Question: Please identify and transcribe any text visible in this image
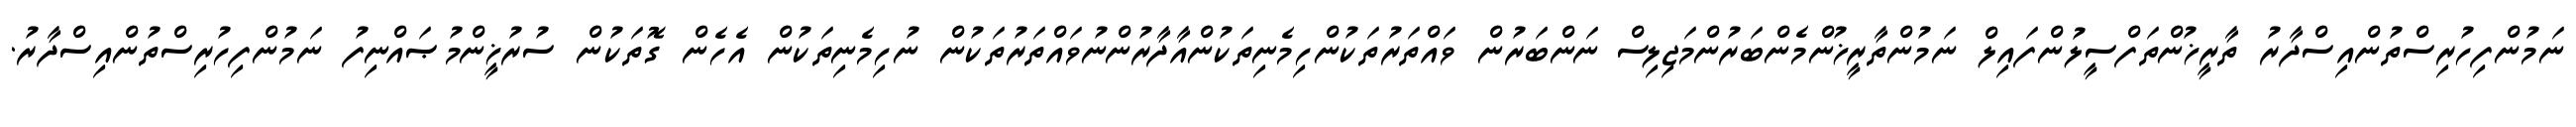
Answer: ނަމުންފިހުރިސްތުންއިސްދާރު ތާރީޚުންތަފްސީލުންފައިލް ނަމުންތާރީޚުންމެންބަރުންމަޖިލިސް ނަންބަރުން ވައްތަރުތަކުންހިމެނިތަކުންއާދާރުންނުވައްތަރުތަކުން ނުހިމެނިތަކުން އެހެން ގޮތަކުން ސުރުޚީންމުޞައްނިފު ނަމުންފިހުރިސްތުންއިސްދާރު.